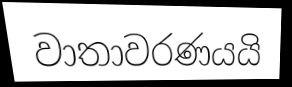
වාතාවරණයයි